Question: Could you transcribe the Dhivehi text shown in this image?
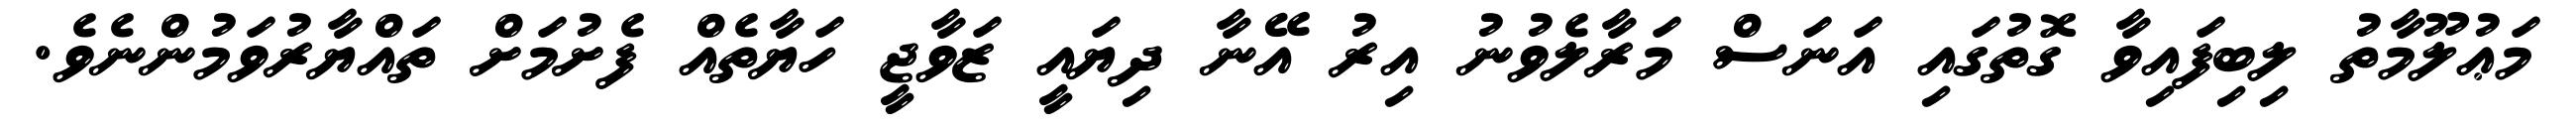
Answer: މަޢުލޫމާތު ލިބިފައިވާ ގޮތުގައި އަނަސް މަރާލެވުނު އިރު އޭނާ ދިޔައީ ޒަވާޖީ ހަޔާތެއް ފެށުމަށް ތައްޔާރުވަމުންނެވެ.